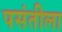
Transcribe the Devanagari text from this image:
पसंतीला